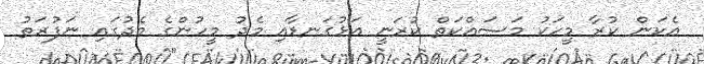
އެކަން ކުރާ މީހަކު މަސައްކަތް ކުރަނީ އަޅުގަނޑާއި މެދު މީހުންގެ މެދުގައި ނަފުރަތު